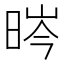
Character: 𣇂